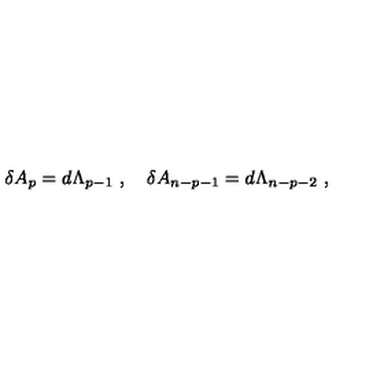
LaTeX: \delta A _ { p } = d \Lambda _ { p - 1 } \ , \quad \delta A _ { n - p - 1 } = d \Lambda _ { n - p - 2 } \ ,